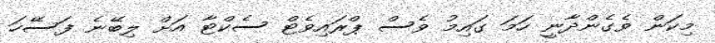
މިކަން ވެގެންދާނީ ހަމަ ގައިމު ވެސް ޕްރައިވެޓް ސެކްޓާ އަށް ލިބޭނެ ފަސޭހަ